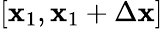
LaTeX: [\mathbf{x}_{1},\mathbf{x}_{1}+\Delta\mathbf{x}]